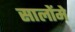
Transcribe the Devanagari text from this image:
सालोंमे